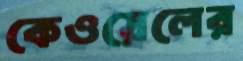
কেওয়েলের